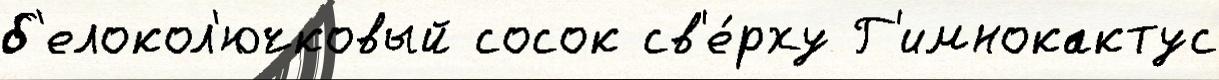
б'елокол'ючковый сосок св'е́рху Г'имнокактус